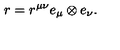
r = r ^ { \mu \nu } e _ { \mu } \otimes e _ { \nu } .